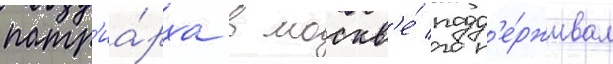
патр'иа́рха в москв'е́ подд'е́рживал